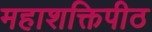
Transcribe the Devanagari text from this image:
महाशक्तिपीठ